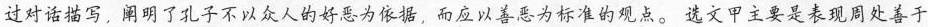
过对话描写，阐明了孔子不以众人的好为依据，而应以善恶为标准的观点。选文甲主要是表现周处善于